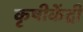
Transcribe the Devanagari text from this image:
कृषीकेंद्री